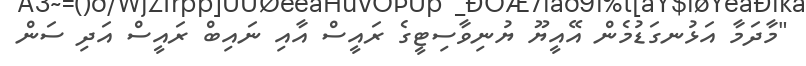
"މާދަމާ އަޅުނގަޑުމެން އޭއީޔޫ ޔުނިވާސިޓީގެ ރައީސް އާއި ނައިބް ރައީސް އަދި ސަން